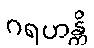
ဂရဟန္တိ